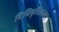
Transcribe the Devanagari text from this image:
विधिवृत्तिकार